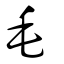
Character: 毛